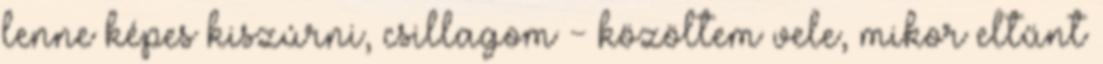
lenne képes kiszúrni, csillagom - közöltem vele, mikor eltűnt